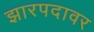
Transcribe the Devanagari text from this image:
झारपदावर